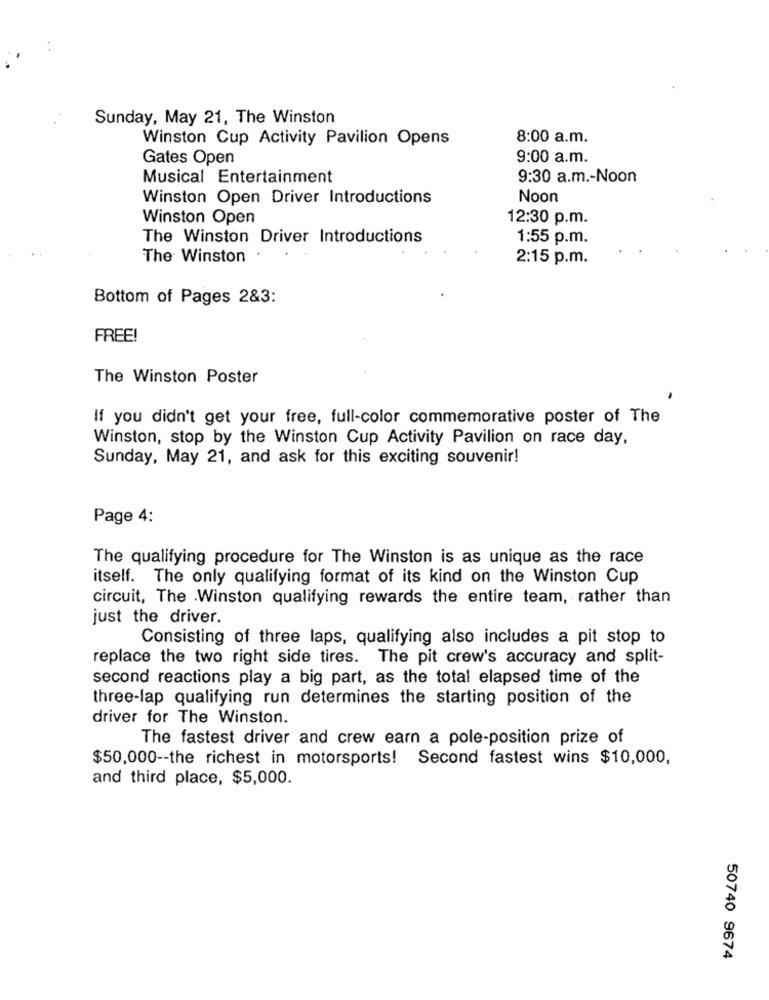
Sunday, May 21, The Winston
Winston Cup Activity Pavilion Opens
8:00 a.m.
Gates Open
9:00 a.m.
Musical Entertainment
9:30 a.m .- Noon
Winston Open Driver Introductions
Noon
Winston Open
12:30 p.m.
The Winston Driver Introductions
1:55 p.m.
The Winston
2:15 p.m.
Bottom of Pages 2&3:
FREE!
The Winston Poster
If you didn't get your free, full-color commemorative poster of The
Winston, stop by the Winston Cup Activity Pavilion on race day,
Sunday, May 21, and ask for this exciting souvenir!
Page 4:
The qualifying procedure for The Winston is as unique as the race
itself. The only qualifying format of its kind on the Winston Cup
circuit, The .Winston qualifying rewards the entire team, rather than
just the driver.
Consisting of three laps, qualifying also includes a pit stop to
replace the two right side tires. The pit crew's accuracy and split-
second reactions play a big part, as the total elapsed time of the
three-lap qualifying run determines the starting position of the
driver for The Winston.
The fastest driver and crew earn a pole-position prize of
$50,000 -- the richest in motorsports! Second fastest wins $10,000,
and third place, $5,000.
50740 9674